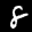
Label: 8